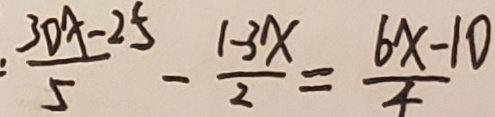
\frac { 3 0 x - 2 5 } { 5 } - \frac { 1 - 3 x } { 2 } = \frac { 6 x - 1 0 } { 4 }